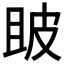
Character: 𤿚